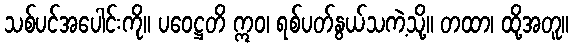
သစ်ပင်အပေါင်းကို။ ပဝေဋ္ဌတိ ဣဝ၊ ရစ်ပတ်နွယ်သကဲ့သို့။ တထာ၊ ထို့အတူ။